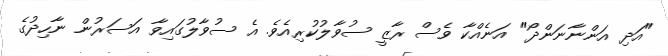
"އަދި އަންނާނަންދޯ" އަނެއްކާ ވެސް ރާޒީ ސުވާލުކުރިއެވެ. އެ ސުވާލުގައިވާ އަސަރުން ނާހިދުގެ